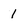
Character: 1